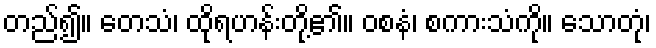
တည်၍။ တေသံ၊ ထိုရဟန်းတို့၏။ ဝစနံ၊ စကားသံကို။ သောတုံ၊